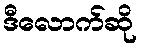
ဒီလောက်ဆို